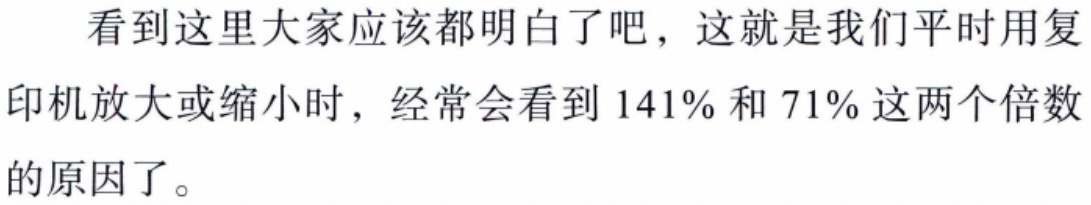
看到这里大家应该都明白了吧，这就是我们平时用复印机放大或缩小时，经常会看到 141% 和 71% 这两个倍数的原因了。